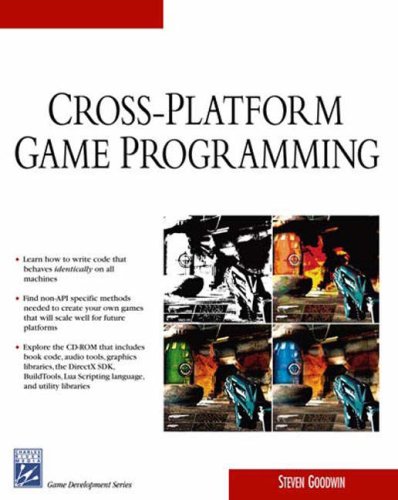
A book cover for Cross-Platform Game Programming (Game Development) (Charles River Media Game Development); Steven Goodwin; Computers & Technology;